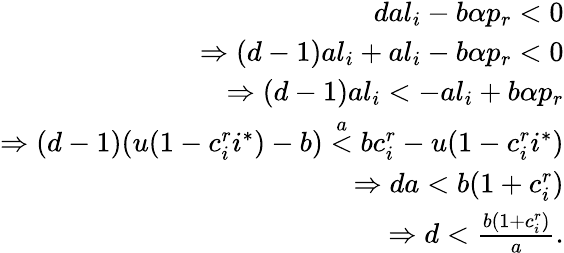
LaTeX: \begin{array}{r}{dal_{i}-b\alpha p_{r}<0}\\ {\Rightarrow(d-1)al_{i}+al_{i}-b\alpha p_{r}<0}\\ {\Rightarrow(d-1)al_{i}<-al_{i}+b\alpha p_{r}}\\ {\Rightarrow(d-1)(u(1-c_{i}^{r}i^{*})-b)\stackrel{a}{<}bc_{i}^{r}-u(1-c_{i}^{r}i^{*})}\\ {\Rightarrow da<b(1+c_{i}^{r})}\\ {\Rightarrow d<\frac{b(1+c_{i}^{r})}{a}.}\end{array}